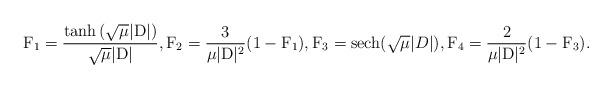
LaTeX: \begin{align*} \mathrm{F}_1 = \dfrac{\tanh{(\sqrt{\mu}|\mathrm{D}|)}}{\sqrt{\mu}|\mathrm{D}|},\mathrm{F}_2 = \frac{3}{\mu |\mathrm{D}|^2}(1- \mathrm{F}_1), \mathrm{F}_3 =\mathrm{sech}(\sqrt{\mu}|D|), \mathrm{F}_4 = \frac{2}{\mu |\mathrm{D}|^2}(1- \mathrm{F}_3). \end{align*}